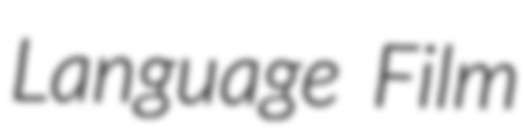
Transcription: Language Film